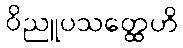
ဝိညူပသတ္ထေဟိ